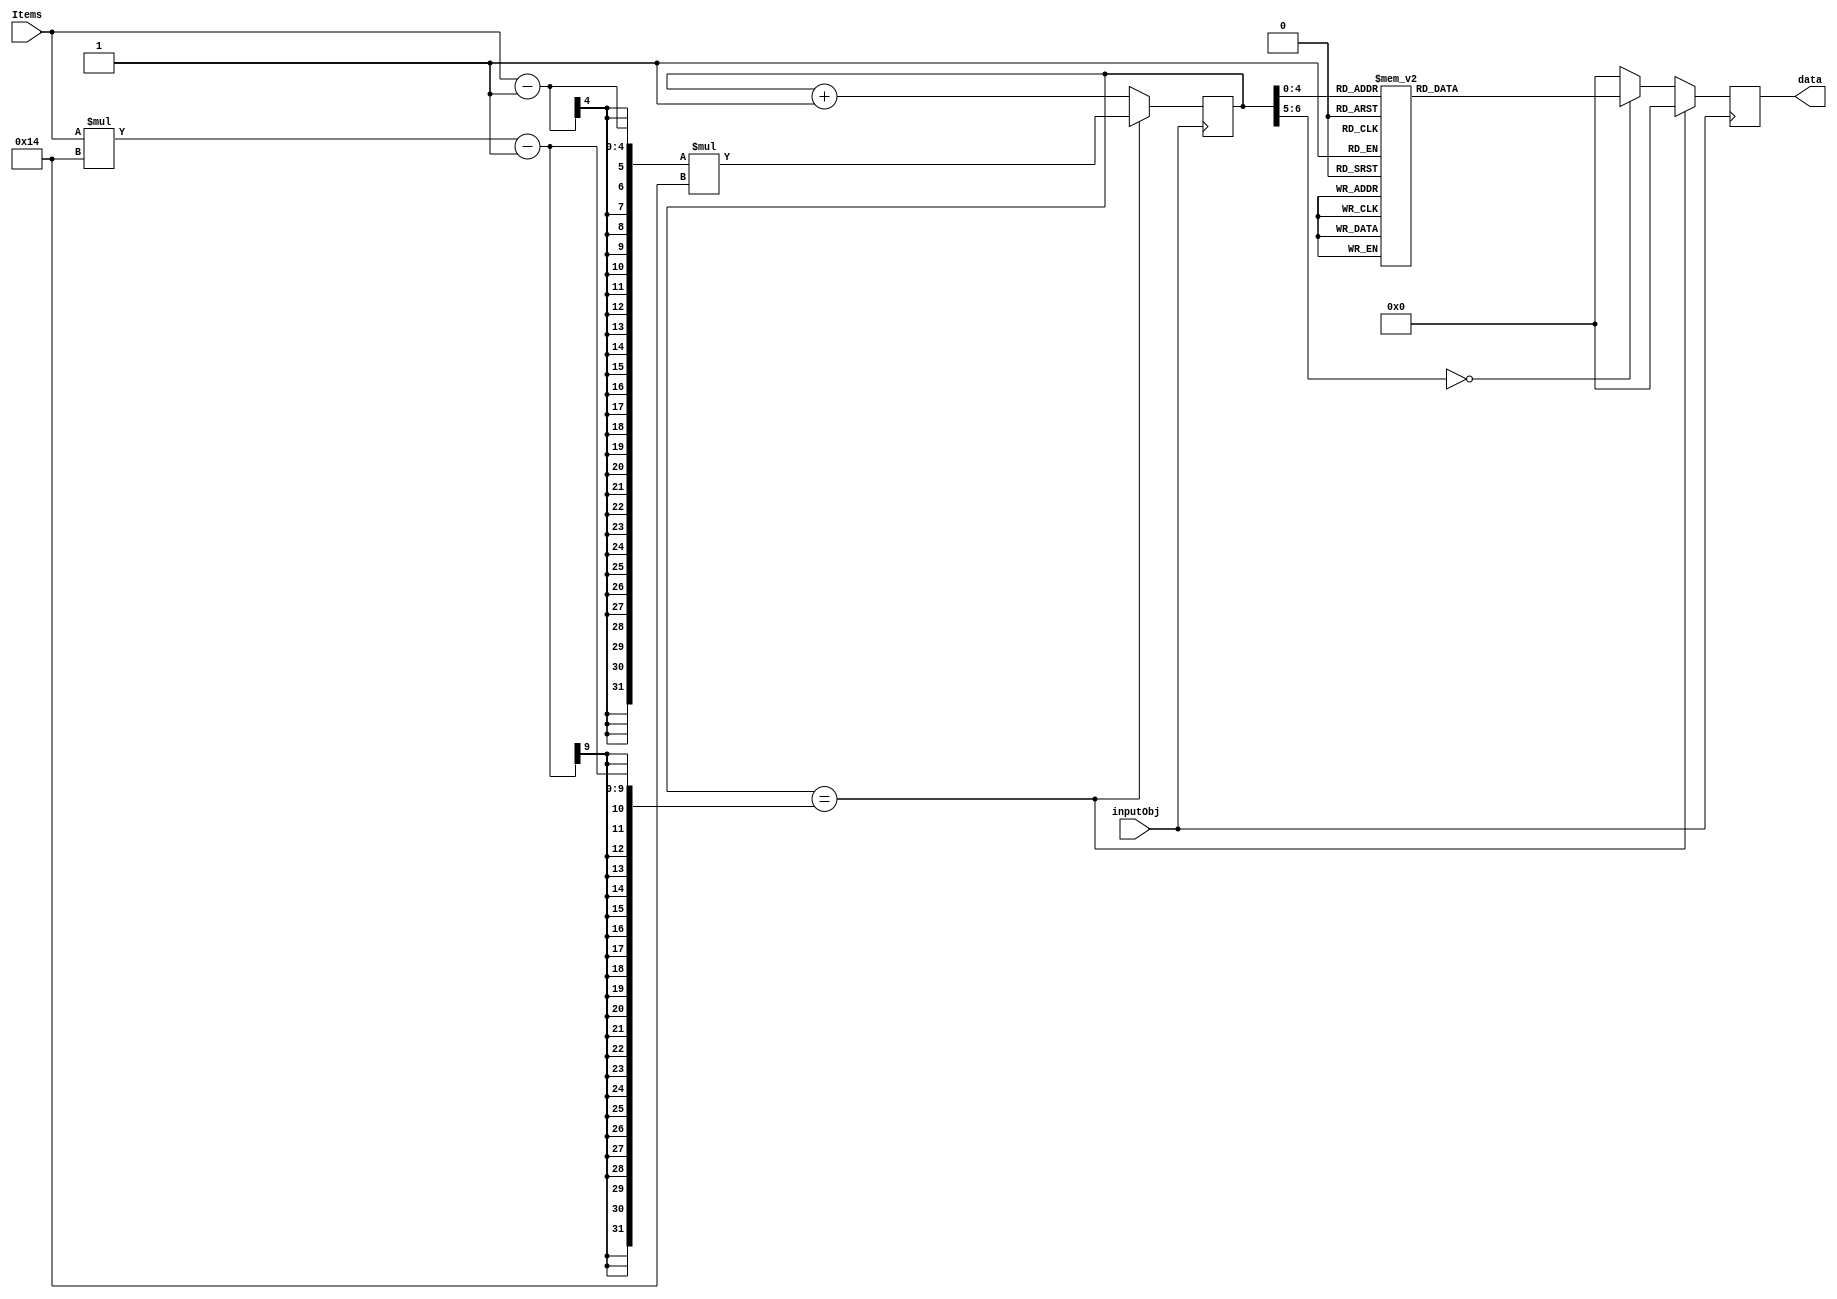
`timescale 1ns / 1ps
module Texture(
    input inputObj,
    input [3:0]Items,
    output reg [19:0]data
    );
    parameter WIDTH = 20;
    reg [6:0]Query;
    reg [5:0]Index;
    reg dataBit;
    
    initial begin
        dataBit = 0;
        Query   = 0;
        data    = 20'b00000000000000000000;
    end
    
    always @ (posedge inputObj) begin
        if(Query == Items * WIDTH - 1)begin
            Query = (Items - 1) * WIDTH;
            data <= 20'b00000000000000000000;
        end else begin
            case(Query) 
                10'd00: data <= 20'b00000000000000000000;
                10'd01: data <= 20'b00000000110110000000;
                10'd02: data <= 20'b00000000011100000000;
                10'd03: data <= 20'b00000000001000000000;
                10'd04: data <= 20'b00000000111110000000;
                10'd05: data <= 20'b00000011111111100000;
                10'd06: data <= 20'b00000111111111110000;
                10'd07: data <= 20'b00001111111111111000;
                10'd08: data <= 20'b00001110011001111000;
                10'd09: data <= 20'b00011110011001111100;
                10'd10: data <= 20'b00011110011001111100;
                10'd11: data <= 20'b00011111111111111100;
                10'd12: data <= 20'b00011111111111111100;
                10'd13: data <= 20'b00011111111111111100;
                10'd14: data <= 20'b00001111111111111000;
                10'd15: data <= 20'b00001111111111111000;
                10'd16: data <= 20'b00000111111111110000;
                10'd17: data <= 20'b00000011111111100000;
                10'd18: data <= 20'b00000000111110000000;
                10'd19: data <= 20'b00000000000000000000;
                default data <= 20'b00000000000000000000;
            endcase
            Query <= Query + 1;
        end
    end
endmodule